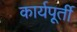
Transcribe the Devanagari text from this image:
कार्यपूर्ती